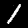
Label: 1